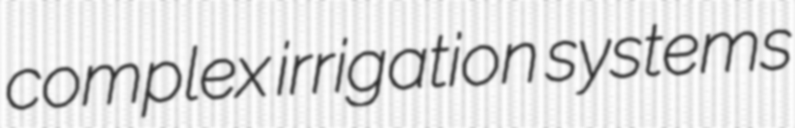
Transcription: complex irrigation systems